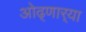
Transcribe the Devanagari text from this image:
ओढ्णार्‍या